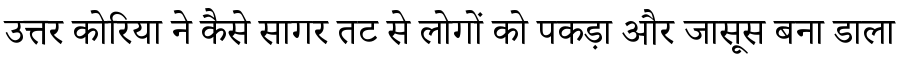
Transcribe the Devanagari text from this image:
उत्तर कोरिया ने कैसे सागर तट से लोगों को पकड़ा और जासूस बना डाला